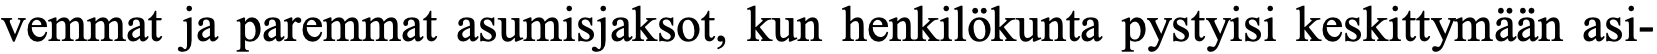
vemmat ja paremmat asumisjaksot, kun henkilökunta pystyisi keskittymään asi-